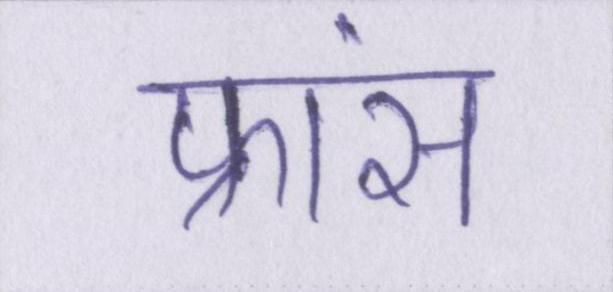
फ्रांस